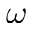
\omega